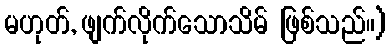
မဟုတ်, ဖျက်လိုက်သောသိမ် ဖြစ်သည်။)